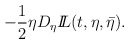
\begin{align*}- \frac{1}{2} \eta D_\eta {I\!\!L}(t,\eta ,\bar\eta ).\end{align*}